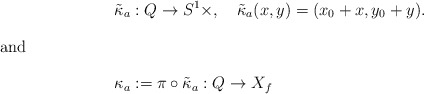
\begin{align*}&\tilde{\kappa}_{a}:Q\to S^{1}\times\real,\quad\tilde{\kappa}_{a}(x,y)=(x_{0}+x,y_{0}+y).\intertext{and}&\kappa_{a}:=\pi\circ \tilde{\kappa}_a:Q\to X_{f}\end{align*}